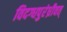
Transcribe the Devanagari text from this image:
विदग्धपुरंध्रीवत्